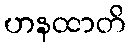
ဟနထာတိ